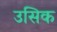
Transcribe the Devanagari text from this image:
उसिक